Lunatic asylums in Bengal annual reports 1899-1911 - 1899-1911
Year: 1899
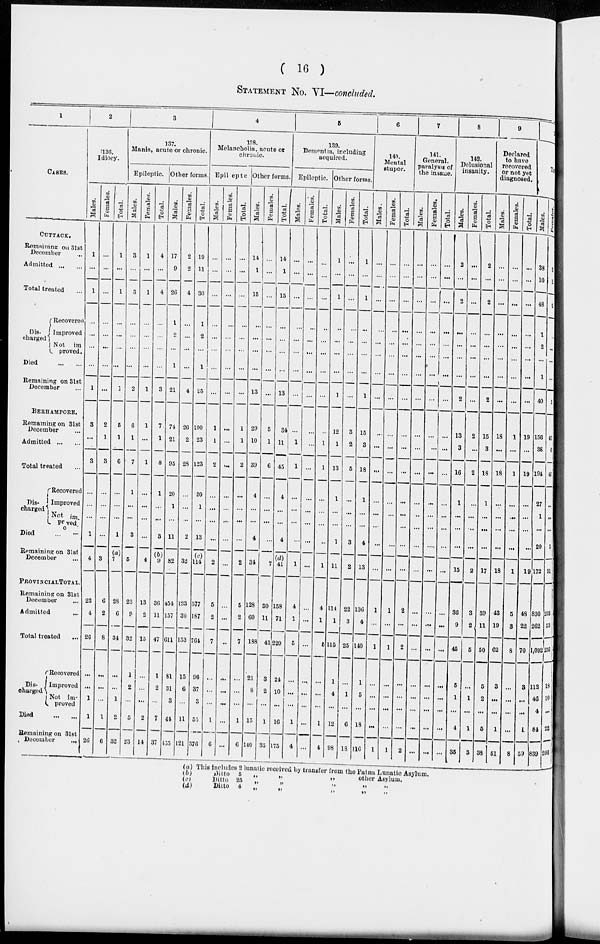
( 16 )
STATEMENT No. VI—concluded.
1
CASES.
CUTTACK.
Remaining on 31st
December
Admitted
...
...
Total treated ...
Dis-
charged.
Recovered
Improved
Not im-
proved.
Died
...
...
Remaining on 31st
December ...
BERHAMPORE.
Remaining on 31st
December ...
Admitted ... ...
Total treated ...
Dis-
charged
Recovered
Improved
Not im-
proved
Died ... ...
Remaining on 31st
December ...
PROVINCIAL TOTAL.
Remaining on 31st
December ...
Admitted ...
Total treated ...
Dis-
charged
Recovered
Improved
Not im-
proved
Died
...
...
Remaining on 31st
December
...
2
136.
Idiocy.
Males.
1
...
1
...
...
...
...
1
3
...
3
...
...
...
1
4
22
4
26
...
...
1
1
26
Females.
...
...
...
...
...
...
...
...
2
1
3
...
...
...
...
3
6
2
8
...
...
...
1
6
Total.
1
...
1
...
...
...
...
1
5
1
6
...
...
...
1
(a)
7
28
6
34
...
...
1
2
32
3
137.
Mania, acute or chronic.
Epileptic.
Males.
3
...
3
...
...
...
...
2
6
1
7
1
...
...
3
5
23
9
32
1
2
...
5
23
Females.
1
...
1
...
...
...
...
1
1
...
1
...
...
...
...
4
13
2
15
...
...
...
2
14
Total.
4
...
4
...
...
...
...
3
7
1
8
1
...
...
3
(b)
9
36
11
47
1
2
...
7
37
Other forms.
Males.
17
9
26
1
2
...
1
21
74
21
95
20
1
...
11
82
454
157
611
81
31
3
44
455
Females.
2
2
4
...
...
...
...
4
26
2
28
...
...
...
2
32
123
30
153
15
6
...
11
121
Total.
19
11
30
1
2
...
1
25
100
23
123
20
1
...
13
(c)
114
577
187
764
96
37
3
55
576
4
138.
Melancholia, acute or
chronic.
Epileptic
Males.
...
...
...
...
...
...
...
...
1
1
2
...
...
...
...
2
5
2
7
...
...
...
1
6
Females.
...
...
...
...
...
...
...
...
...
...
...
...
...
...
...
...
...
...
...
...
...
...
...
...
Total.
...
...
...
...
...
...
...
...
1
1
2
...
...
...
...
2
5
2
7
...
...
...
1
6
Other forms
Males.
14
1
15
...
...
...
...
13
29
10
39
4
...
...
4
34
128
60
188
21
8
...
15
140
Females.
...
...
...
...
...
...
...
...
5
1
6
...
...
...
...
7
30
11
41
3
2
...
1
35
Total.
14
1
15
...
...
...
...
13
34
11
45
4
...
...
4
(d)
41
158
71
229
24
10
...
16
175
5
139.
Dementia, including
acquired.
Epileptic.
Males.
...
...
...
...
...
...
...
...
...
1
1
...
...
...
...
1
4
1
5
...
...
...
1
4
Females.
...
...
...
...
...
...
...
...
...
...
...
...
...
...
...
...
...
...
...
...
...
...
...
...
Total.
...
...
...
...
...
...
...
...
...
1
1
...
...
...
...
1
4
1
5
...
...
...
1
4
Other forms.
Males.
1
...
1
...
...
...
...
1
12
1
13
1
...
...
1
11
114
1
115
1
4
...
12
98
Females.
...
...
...
...
...
...
...
...
3
2
5
...
...
...
3
2
22
3
25
...
1
...
6
18
Total.
1
...
1
...
...
...
...
1
15
3
18
1
...
...
4
13
136
4
140
1
5
...
18
116
6
140.
Mental
stupor.
Males.
...
...
...
...
...
...
...
...
...
...
...
...
...
...
...
...
1
...
1
...
...
...
...
1
Females.
...
...
...
...
...
...
...
...
...
...
...
...
...
...
...
...
1
...
1
1
...
...
...
1
Total.
...
...
...
...
...
...
...
...
...
...
...
...
...
...
...
...
2
...
2
...
...
...
...
2
7
141.
General
paralysis of
the insane.
Males.
...
...
...
...
...
...
...
...
...
...
...
...
...
...
...
...
...
...
...
...
...
...
...
...
Females.
...
...
...
...
...
...
...
...
...
...
...
...
...
...
...
...
...
...
...
...
...
...
...
...
Total.
...
...
...
...
...
...
...
...
...
...
...
...
...
...
...
...
...
...
...
...
...
...
...
...
8
142.
Delusional
insanity.
Males.
2
...
2
...
...
...
...
2
13
3
16
1
...
...
...
15
36
9
45
5
1
...
4
35
Females.
...
...
...
...
...
...
...
...
2
...
2
...
...
...
...
2
3
2
5
...
1
...
1
3
Total.
2
...
2
...
...
...
...
2
15
3
18
1
...
...
...
17
39
11
50
5
2
...
5
38
9
Declared
to have
recovered
or not yet
diagnosed.
Males.
...
...
...
...
...
...
...
...
18
...
18
...
...
...
...
18
43
19
62
3
...
...
1
51
Females.
...
...
...
...
...
...
...
...
1
...
1
...
...
...
...
1
5
3
8
...
...
...
...
8
Total.
...
...
...
...
...
...
...
...
19
...
19
...
...
...
...
19
48
22
70
3
...
...
1
59
Males.
38
10
48
1
2
...
1
40
156
38
194
27
1
...
20
172
830
262
1,092
112
46
4
84
839
Females.
3
2
5
...
...
...
...
5
40
6
46
...
...
...
5
51
203
53
256
18
10
...
22
206
(a)
(b)
(c)
(d)
This includes 2 lunatic received by transfer from the Patna Lunatic Asylum.
Ditto
5
„
„
„
other Asylum.
Ditto 25
„
„
„
„ „
Ditto
4
„
„ „ „ „